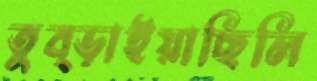
তুব্‌ড়াইয়াছিলি